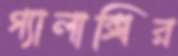
গ্যালাক্সির